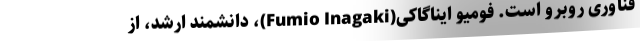
فناوری روبرو است. فومیو ایناگاکی(Fumio Inagaki)، دانشمند ارشد، از